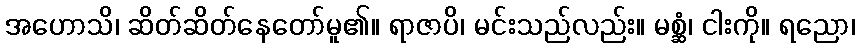
အဟောသိ၊ ဆိတ်ဆိတ်နေတော်မူ၏။ ရာဇာပိ၊ မင်းသည်လည်း။ မစ္ဆံ၊ ငါးကို။ ရညော၊